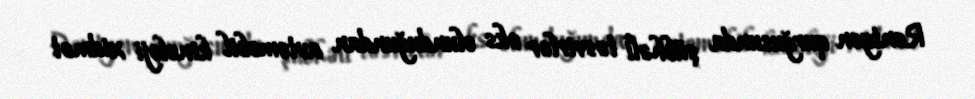
Rentgen qurğusunda şübhəli təsvirlər əks olunduğundan avtomobil kinoloji xidmət